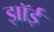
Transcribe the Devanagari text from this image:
झॉई